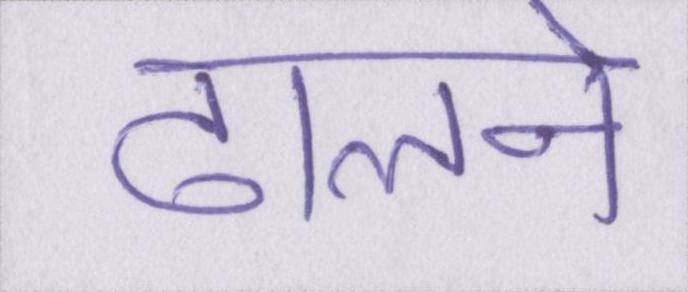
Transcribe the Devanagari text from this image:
ढालने